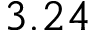
3 . 2 4